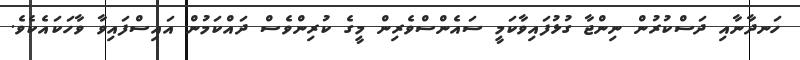
ހަނދާނާއި ދަސްކުރުން ނިންޖާ ގުޅުފައިވާކަމީ ސައެންސްވެރިން މީގެ ކުރިންވެސް ދައްކަމުން އައިސްފައިވާ ވާހަކައެކެވެ.